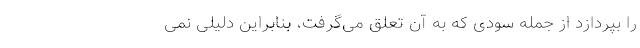
را بپردازد از جمله سودی که به آن تعلق می‌گرفت، بنابراین دلیلی نمی